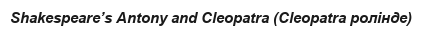
Shakespeare’s Antony and Cleopatra (Cleopatra ролінде)